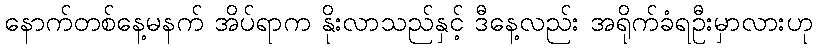
နောက်တစ်နေ့မနက် အိပ်ရာက နိုးလာသည်နှင့် ဒီနေ့လည်း အရိုက်ခံရဦးမှာလားဟု